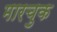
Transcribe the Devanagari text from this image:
मारचुक